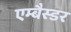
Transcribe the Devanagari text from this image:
एम्बैस्डर